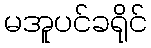
မအူပင်ခရိုင်